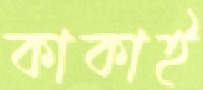
কাকাই